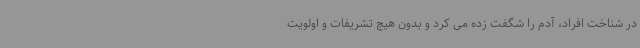
در شناخت افراد، آدم را شگفت زده می کرد و بدون هیچ تشریفات و اولویت